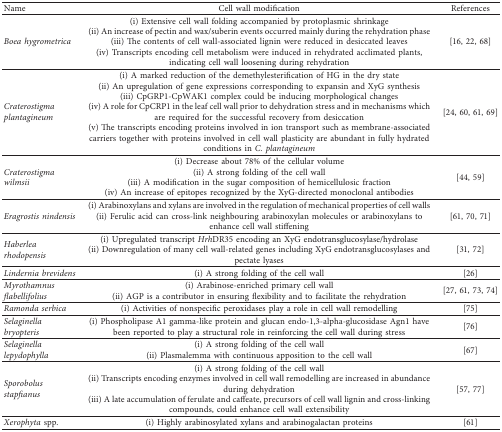
<table><thead><tr><td><b>Name</b></td><td><b>Cell wall modification</b></td><td><b>References</b></td></tr></thead><tbody><tr><td rowspan="4"><i>Boea hygrometrica</i></td><td>(i) Extensive cell wall folding accompanied by protoplasmic shrinkage</td><td rowspan="4">[16, 22, 68]</td></tr><tr><td>(ii) An increase of pectin and wax/suberin events occurred mainly during the rehydration phase</td></tr><tr><td>(iii) The contents of cell wall-associated lignin were reduced in desiccated leaves</td></tr><tr><td>(iv) Transcripts encoding cell metabolism were induced in rehydrated acclimated plants, indicating cell wall loosening during rehydration</td></tr><tr><td rowspan="5"><i>Craterostigma plantagineum</i></td><td>(i) A marked reduction of the demethylesterification of HG in the dry state</td><td rowspan="5">[24, 60, 61, 69]</td></tr><tr><td>(ii) An upregulation of gene expressions corresponding to expansin and XyG synthesis</td></tr><tr><td>(iii) CpGRP1-CpWAK1 complex could be inducing morphological changes</td></tr><tr><td>(iv) A role for CpCRP1 in the leaf cell wall prior to dehydration stress and in mechanisms which are required for the successful recovery from desiccation</td></tr><tr><td>(v) The transcripts encoding proteins involved in ion transport such as membrane-associated carriers together with proteins involved in cell wall plasticity are abundant in fully hydrated conditions in <i>C. plantagineum</i></td></tr><tr><td rowspan="4"><i>Craterostigma wilmsii</i></td><td>(i) Decrease about 78% of the cellular volume</td><td rowspan="4">[44, 59]</td></tr><tr><td>(ii) A strong folding of the cell wall</td></tr><tr><td>(iii) A modification in the sugar composition of hemicellulosic fraction</td></tr><tr><td>(iv) An increase of epitopes recognized by the XyG-directed monoclonal antibodies</td></tr><tr><td rowspan="2"><i>Eragrostis nindensis</i></td><td>(i) Arabinoxylans and xylans are involved in the regulation of mechanical properties of cell walls</td><td rowspan="2">[61, 70, 71]</td></tr><tr><td>(ii) Ferulic acid can cross-link neighbouring arabinoxylan molecules or arabinoxylans to enhance cell wall stiffening</td></tr><tr><td rowspan="2"><i>Haberlea rhodopensis</i></td><td>(i) Upregulated transcript <i>Hrh</i>DR35 encoding an XyG endotransglucosylase/hydrolase</td><td rowspan="2">[31, 72]</td></tr><tr><td>(ii) Downregulation of many cell wall-related genes including XyG endotransglucosylases and pectate lyases</td></tr><tr><td><i>Lindernia brevidens</i></td><td>(i) A strong folding of the cell wall</td><td>[26]</td></tr><tr><td rowspan="2"><i>Myrothamnus flabellifolius</i></td><td>(i) Arabinose-enriched primary cell wall</td><td rowspan="2">[27, 61, 73, 74]</td></tr><tr><td>(ii) AGP is a contributor in ensuring flexibility and to facilitate the rehydration</td></tr><tr><td><i>Ramonda serbica</i></td><td>(i) Activities of nonspecific peroxidases play a role in cell wall remodelling</td><td>[75]</td></tr><tr><td><i>Selaginella bryopteris</i></td><td>(i) Phospholipase A1 gamma-like protein and glucan endo-1,3-alpha-glucosidase Agn1 have been reported to play a structural role in reinforcing the cell wall during stress</td><td>[76]</td></tr><tr><td rowspan="2"><i>Selaginella lepydophylla</i></td><td>(i) A strong folding of the cell wall</td><td rowspan="2">[67]</td></tr><tr><td>(ii) Plasmalemma with continuous apposition to the cell wall</td></tr><tr><td rowspan="3"><i>Sporobolus stapfianus</i></td><td>(i) A strong folding of the cell wall</td><td rowspan="3">[57, 77]</td></tr><tr><td>(ii) Transcripts encoding enzymes involved in cell wall remodelling are increased in abundance during dehydration</td></tr><tr><td>(iii) A late accumulation of ferulate and caffeate, precursors of cell wall lignin and cross-linking compounds, could enhance cell wall extensibility</td></tr><tr><td><i>Xerophyta</i> spp.</td><td>(i) Highly arabinosylated xylans and arabinogalactan proteins</td><td>[61]</td></tr></tbody></table>